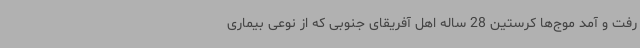
رفت و آمد موج‌ها کرستین 28 ساله اهل آفریقای جنوبی که از نوعی بیماری